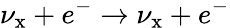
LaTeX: \nu_{\mathrm{x}}+e^{-}\to\nu_{\mathrm{x}}+e^{-}